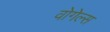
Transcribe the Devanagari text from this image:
वोगेल्स